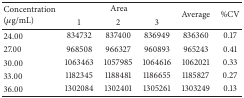
<table><thead><tr><td rowspan="2"><b>Concentration (<i>μ</i>g/mL)</b></td><td colspan="3"><b>Area</b></td><td rowspan="2"><b>Average</b></td><td rowspan="2"><b>%CV</b></td></tr><tr><td><b>1</b></td><td><b>2</b></td><td><b>3</b></td></tr></thead><tbody><tr><td>24.00</td><td>834732</td><td>837400</td><td>836949</td><td>836360</td><td>0.17</td></tr><tr><td>27.00</td><td>968508</td><td>966327</td><td>960893</td><td>965243</td><td>0.41</td></tr><tr><td>30.00</td><td>1063463</td><td>1057985</td><td>1064616</td><td>1062021</td><td>0.33</td></tr><tr><td>33.00</td><td>1182345</td><td>1188481</td><td>1186655</td><td>1185827</td><td>0.27</td></tr><tr><td>36.00</td><td>1302084</td><td>1302401</td><td>1305261</td><td>1303249</td><td>0.13</td></tr></tbody></table>